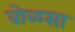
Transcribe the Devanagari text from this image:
वोळसा